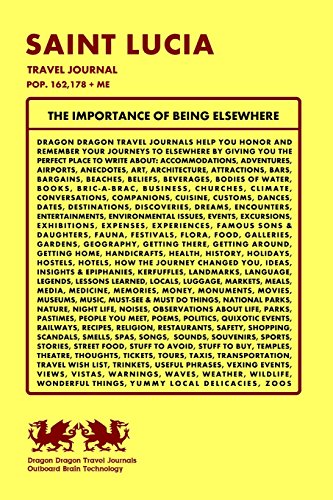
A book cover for Saint Lucia Travel Journal, Pop. 162,178 + Me; Dragon Dragon Travel Journals; Travel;